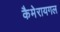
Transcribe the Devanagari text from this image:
कैमेरायगल